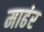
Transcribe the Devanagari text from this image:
माढंर